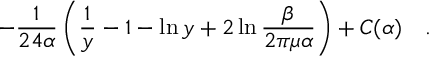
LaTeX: - { \frac { 1 } { 2 4 \alpha } } \left( \frac 1 y - 1 - \ln y + 2 \ln { \frac { \beta } { 2 \pi \mu \alpha } } \right) + C ( \alpha ) ~ ~ ~ .